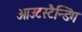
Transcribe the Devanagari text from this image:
आउटस्टैन्डिंग